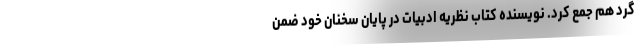
گرد هم جمع کرد. نویسنده کتاب نظریه ادبیات در پایان سخنان خود ضمن